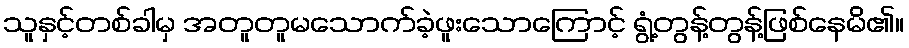
သူနှင့်တစ်ခါမှ အတူတူမသောက်ခဲ့ဖူးသောကြောင့် ရွံ့တွန့်တွန့်ဖြစ်နေမိ၏။